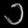
Digit: ၁